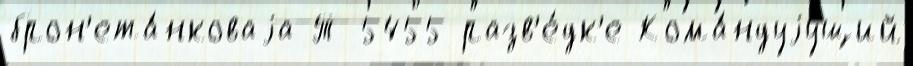
брон'ета́нковаjа Т-5455 разв'е́дк'е Кома́ндуjущий